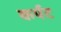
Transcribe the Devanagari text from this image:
कर्पट